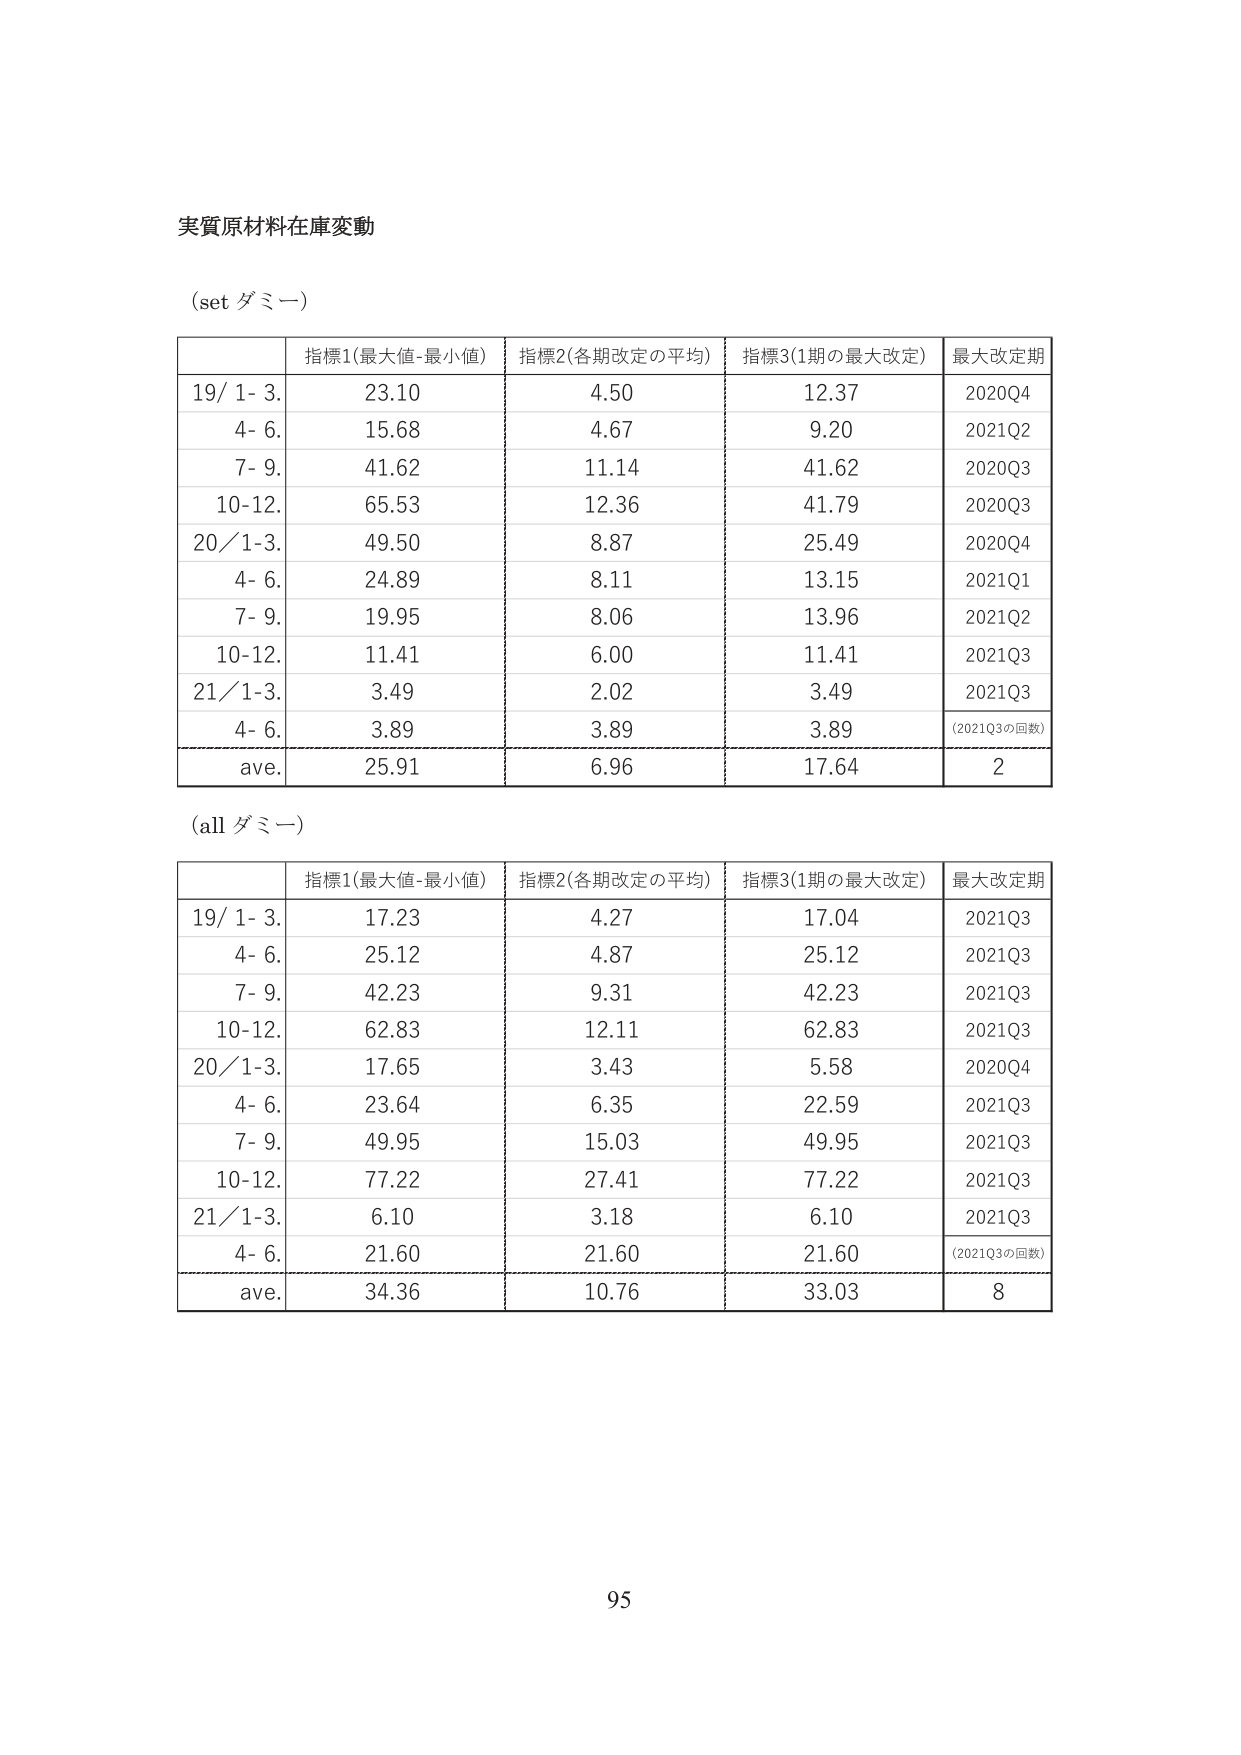
実質原材料在庫変動

(set ダミー)

| | 指標1(最大値-最小値) | 指標2(各期改定の平均) | 指標3(1期の最大改定) | 最大改定期 |
|---|---|---|---|---|
| 19/ 1- 3. | 23.10 | 4.50 | 12.37 | 2020Q4 |
| 4- 6. | 15.68 | 4.67 | 9.20 | 2021Q2 |
| 7- 9. | 41.62 | 11.14 | 41.62 | 2020Q3 |
| 10-12. | 65.53 | 12.36 | 41.79 | 2020Q3 |
| 20/ 1-3. | 49.50 | 8.87 | 25.49 | 2020Q4 |
| 4- 6. | 24.89 | 8.11 | 13.15 | 2021Q1 |
| 7- 9. | 19.95 | 8.06 | 13.96 | 2021Q2 |
| 10-12. | 11.41 | 6.00 | 11.41 | 2021Q3 |
| 21/ 1-3. | 3.49 | 2.02 | 3.49 | 2021Q3 |
| 4- 6. | 3.89 | 3.89 | 3.89 | (2021Q3の回数) |
| ave. | 25.91 | 6.96 | 17.64 | 2 |

(all ダミー)

| | 指標1(最大値-最小値) | 指標2(各期改定の平均) | 指標3(1期の最大改定) | 最大改定期 |
|---|---|---|---|---|
| 19/ 1- 3. | 17.23 | 4.27 | 17.04 | 2021Q3 |
| 4- 6. | 25.12 | 4.87 | 25.12 | 2021Q3 |
| 7- 9. | 42.23 | 9.31 | 42.23 | 2021Q3 |
| 10-12. | 62.83 | 12.11 | 62.83 | 2021Q3 |
| 20/ 1-3. | 17.65 | 3.43 | 5.58 | 2020Q4 |
| 4- 6. | 23.64 | 6.35 | 22.59 | 2021Q3 |
| 7- 9. | 49.95 | 15.03 | 49.95 | 2021Q3 |
| 10-12. | 77.22 | 27.41 | 77.22 | 2021Q3 |
| 21/ 1-3. | 6.10 | 3.18 | 6.10 | 2021Q3 |
| 4- 6. | 21.60 | 21.60 | 21.60 | (2021Q3の回数) |
| ave. | 34.36 | 10.76 | 33.03 | 8 |

95